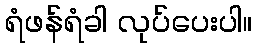
ရံဖန်ရံခါ လုပ်ပေးပါ။